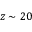
z \sim 2 0